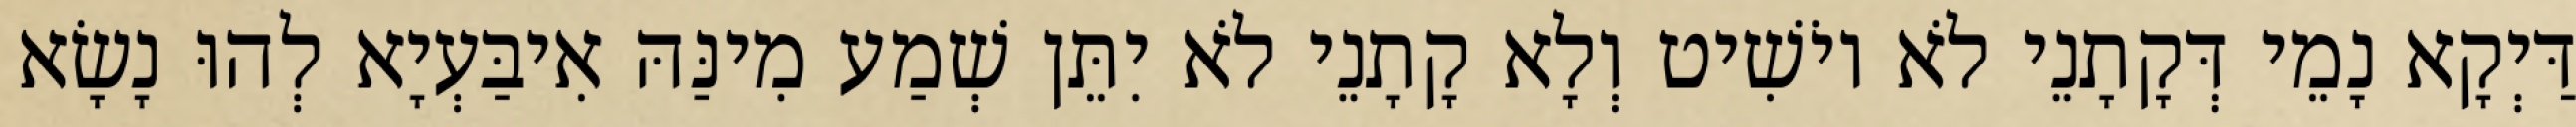
דַּיְקָא נָמֵי דְּקָתָנֵי לֹא יוֹשִׁיט וְלָא קָתָנֵי לֹא יִתֵּן שְׁמַע מִינַּהּ אִיבַּעְיָא לְהוּ נָשָׂא